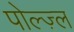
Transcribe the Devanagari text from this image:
पोल्ज़्ल